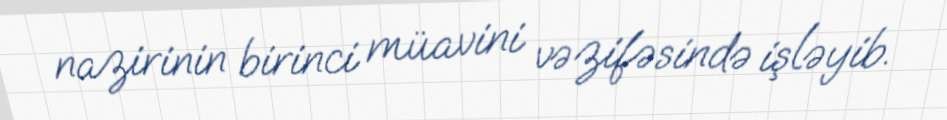
nazirinin birinci müavini vəzifəsində işləyib.